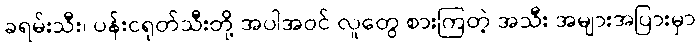
ခရမ်းသီး၊ ပန်းငရုတ်သီးတို့ အပါအဝင် လူတွေ စားကြတဲ့ အသီး အများအပြားမှာ